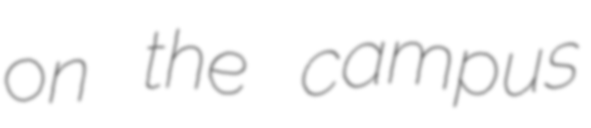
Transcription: on the campus